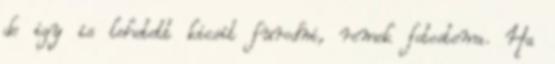
de igy is lehetett kicsit furodni, remek fotostema. Ha